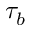
\tau _ { b }